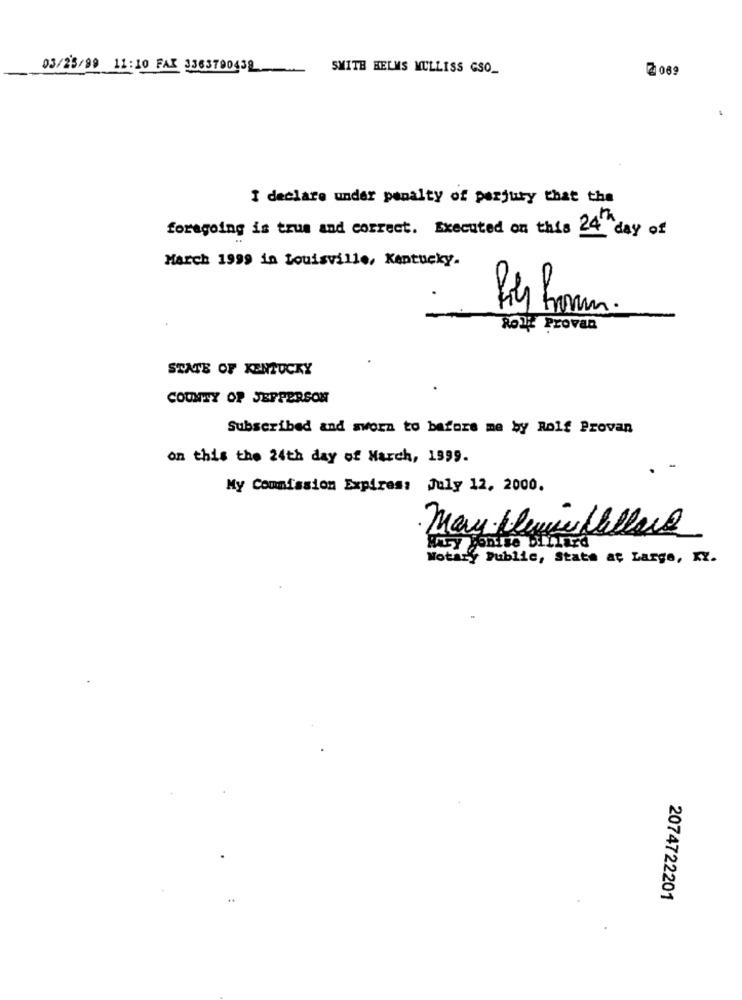
03/25/99 11:10 FAX 3363790432
SMITH HELMS MULLISS GSO_
₹089
I declare under penalty of perjury that the
foregoing is trum and correct. Executed on this 24"day of
March 1999 in Louisville, Kentucky.
ROTE Provan
STATE OF KENTUCKY
COUNTY OP JEPPERSON
Subscribed and sworn to before me by Rolf Provan
on this the 24th day of March, 1999.
. -
My Commission Expires: July 12, 2000.
Mury Tonine billard
Notary Public, State at Large, KY.
2074722201